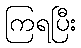
ကြရပြီး